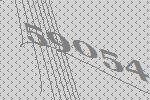
59054